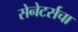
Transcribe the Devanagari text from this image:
सेनेटर्सचा